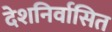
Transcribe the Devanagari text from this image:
देशनिर्वासित